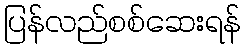
ပြန်လည်စစ်ဆေးရန်